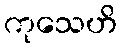
ကုသေဟိ